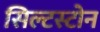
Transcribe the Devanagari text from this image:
सिल्टस्टोन